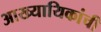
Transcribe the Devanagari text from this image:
आख्यायिकांची